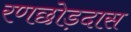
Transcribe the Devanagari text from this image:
रणछोड़दास